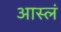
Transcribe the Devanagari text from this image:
आस्लं